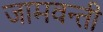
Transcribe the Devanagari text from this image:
जामवन्ती